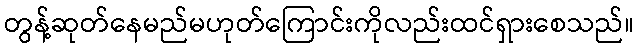
တွန့်ဆုတ်နေမည်မဟုတ်ကြောင်းကိုလည်းထင်ရှားစေသည်။